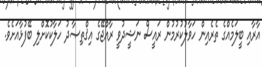
އާރާއި ބީލަމެއްގެ ތެރެއިން ހަވާލުކުރުމުން ރައީސް ނަޝީދުވީ ރާއްޖޭގެ އިޤްތިޞާދު ހަލާކުކޮށްލި ބޭފުޅާއަށެވެ.